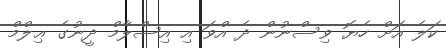
ކަލެ އަށް ހެޔޮ ވިސްނުން ދެ އްވަ އި އިސްލާމް ދީނުގެ ޢިލްމް